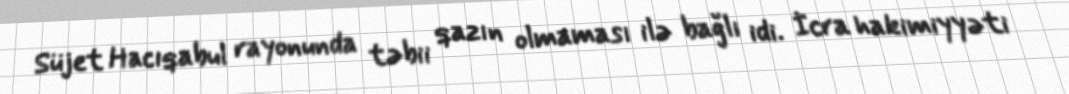
Süjet Hacıqabul rayonunda təbii qazın olmaması ilə bağlı idi. İcra hakimiyyəti